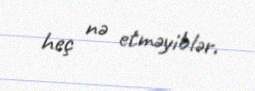
heç nə etməyiblər.